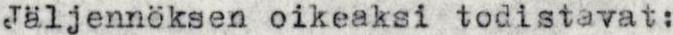
Jäljennöksen oikeaksi todistavat: